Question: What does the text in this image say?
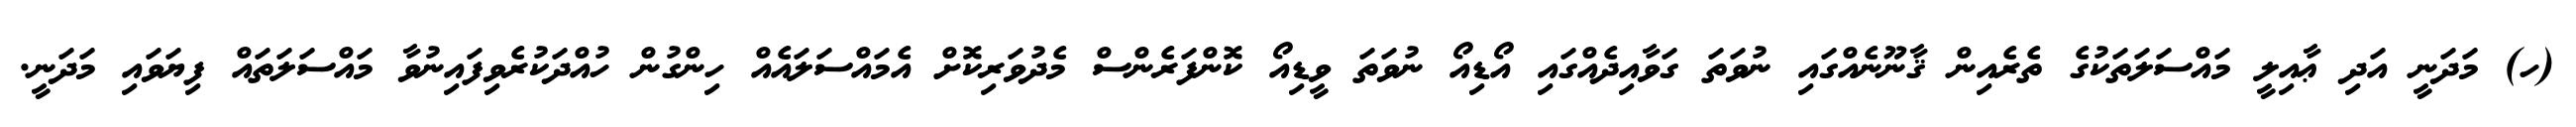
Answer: (ހ) މަދަނީ އަދި ޢާއިލީ މައްސަލަތަކުގެ ތެރެއިން ޤާނޫނެއްގައި ނުވަތަ ގަވާއިދެއްގައި އޯޑިއޯ ނުވަތަ ވީޑިއޯ ކޮންފަރެންސް މެދުވަރިކޮށް އެމައްސަލައެއް ހިންގުން ހުއްދަކުރެވިފައިނުވާ މައްސަލަތައް ފިޔަވައި މަދަނީ.